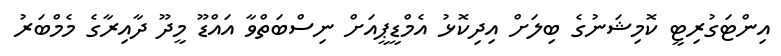
އިންޓަގުރިޓީ ކޮމިޝަނުގެ ބިލަށް އިދިކޮޅު އެމްޑީޕީއަށް ނިސްބަތްވާ އައްޑޫ މީދޫ ދާއިރާގެ މެމްބަރު